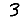
Digit: 3